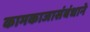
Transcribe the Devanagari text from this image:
कामकाजासंबंधाने